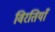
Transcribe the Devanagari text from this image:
विरतियाँ